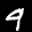
Label: 9